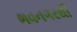
ભવનગરથી